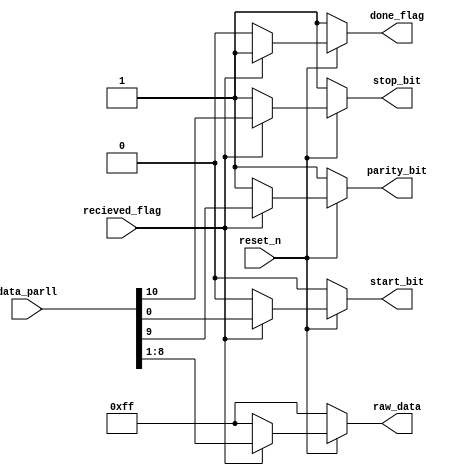
//  INFO.: Undergraduate ECE student, Alexandria university, Egypt.
//  AUTHOR'S EMAIL: majiidd17@icloud.com
//  TYPE: module.
//  KEYWORDS: Frame, Data.
//  PURPOSE: An RTL modelling for separating the frame
//  into Data bits, Parity bit, Start and Stop bits.

module DeFrame(
    input wire          reset_n,        //  Active low reset.
    input wire          recieved_flag,  //  enable indicates when data is in progress.
    input wire  [10:0]  data_parll,     //  Data frame passed from the sipo unit.

    output reg          parity_bit,     //  The parity bit separated from the data frame.
    output reg          start_bit,      //  The Start bit separated from the data frame.
    output reg          stop_bit,       //  The Stop bit separated from the data frame.
    output reg          done_flag,      //  Indicates that the data is recieved and ready for another data packet.
    output reg  [7:0]   raw_data        //  The 8-bits data separated from the data frame.
);

//  -Deframing- Output Data & parity bit logic with Asynchronous Reset 
always @(*) 
begin
  if (~reset_n) 
  begin
    //  Idle
    raw_data     <= {8{1'b1}};
    parity_bit   <= 1'b1;
    start_bit    <= 1'b0;
    stop_bit     <= 1'b1;
    done_flag    <= 1'b1;
  end
  else
  begin
    if (recieved_flag)
    begin
      start_bit  <= data_parll[0];
      raw_data   <= data_parll[8:1];
      parity_bit <= data_parll[9];
      stop_bit   <= data_parll[10];
      done_flag  <= 1'b1;
    end
    else 
    begin
      //  Idle
      raw_data   <= {8{1'b1}};
      parity_bit <= 1'b1;
      start_bit  <= 1'b0;
      stop_bit   <= 1'b1;
      done_flag  <= 1'b0;
    end
  end
end

endmodule